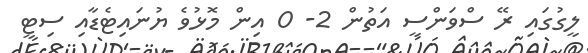
ލީގުގައި ރޭ ސްވަންސީ އަތުން 2- 0 އިން މޮޅުވެ ޔުނައިޓެޑާއި ސިޓީ